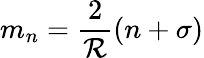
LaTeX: m_{n}=\frac{2}{{\cal R}}(n+\sigma)